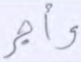
وأجر